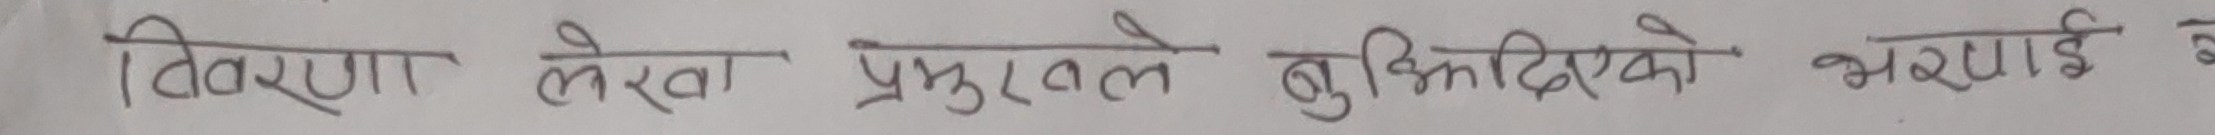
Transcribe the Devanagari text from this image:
वितरण लेखो प्रस्तुतले बुझिदिएको भराई